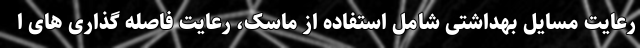
رعایت مسایل بهداشتی شامل استفاده از ماسک، رعایت فاصله گذاری های ا